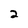
Character: 2